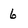
Character: 6